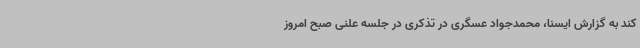
کند به گزارش ایسنا، محمدجواد عسگری در تذکری در جلسه علنی صبح امروز